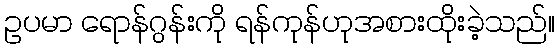
ဥပမာ ရောန်ဂွန်းကို ရန်ကုန်ဟုအစားထိုးခဲ့သည်။